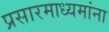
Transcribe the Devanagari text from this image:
प्रसारमाध्यमांना